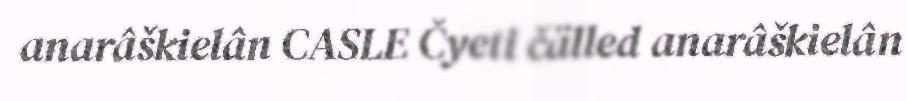
anarâškielân CASLE Čyeti čälled anarâškielân